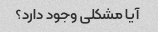
آیا مشکلی وجود دارد؟